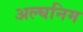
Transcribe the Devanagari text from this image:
अल्घनिम